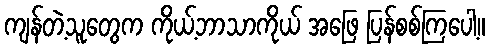
ကျန်တဲ့သူတွေက ကိုယ့်ဘာသာကိုယ် အဖြေ ပြန်စစ်ကြပေါ့။